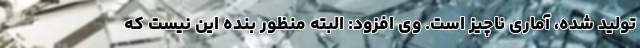
تولید شده، آماری ناچیز است. وی افزود: البته منظور بنده این نیست که